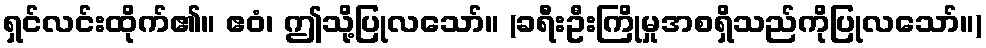
ရှင်လင်းထိုက်၏။ ဧဝံ၊ ဤသို့ပြုလသော်။ (ခရီးဦးကြိုမှုအစရှိသည်ကိုပြုလသော်။)